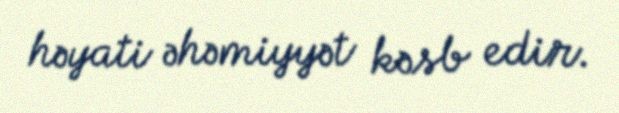
həyati əhəmiyyət kəsb edir.